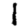
Digit: 1